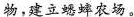
物，建立蟋蟀农场。